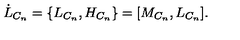
\dot { L } _ { C _ { n } } = \{ L _ { C _ { n } } , H _ { C _ { n } } \} = \lbrack M _ { C _ { n } } , L _ { C _ { n } } \rbrack .